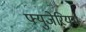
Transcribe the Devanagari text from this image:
फ्युजेरियम